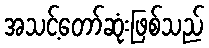
အသင့်တော်ဆုံးဖြစ်သည်